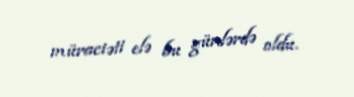
müraciəti elə bu günlərdə oldu.